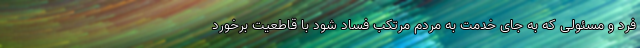
فرد و مسئولی که به جای خدمت به مردم مرتکب فساد شود با قاطعیت برخورد